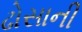
ઢોસાની